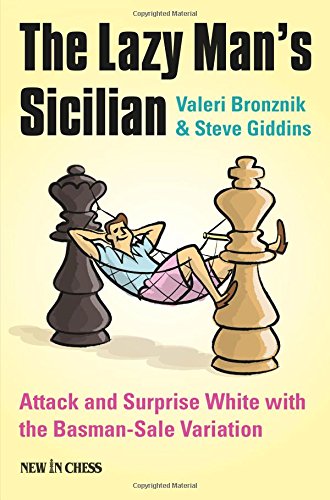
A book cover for The Lazy Man's Sicilian: Attack and Surprise White; Valeri Bronznik; Humor & Entertainment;